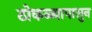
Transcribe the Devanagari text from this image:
ठोकळ्यापासुन